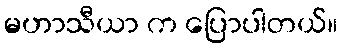
မဟာသီယာ က ပြောပါတယ်။